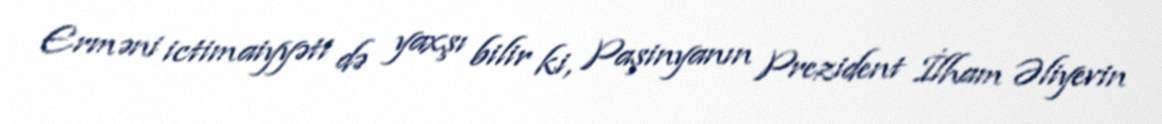
Erməni ictimaiyyəti də yaxşı bilir ki, Paşinyanın Prezident İlham Əliyevin